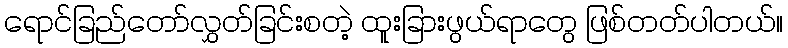
ရောင်ခြည်တော်လွှတ်ခြင်းစတဲ့ ထူးခြားဖွယ်ရာတွေ ဖြစ်တတ်ပါတယ်။